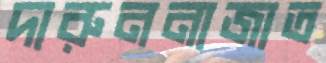
দারুননাজাত